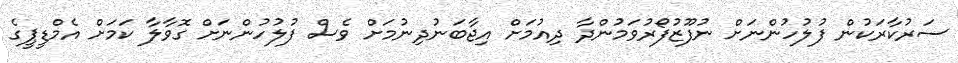
ސަރުކާރަކުން ފުލުހުންނަށް ނުފޫޒުފޯރުވަމުންދާ ދިއުމަށް އިޖާބަނުދިނުމަށް ވެސް ފުލުހުންނަށް ގޮވާލާ ކަމަށް އެމްޑީޕީގެ